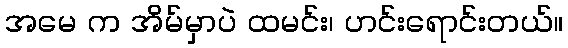
အမေ က အိမ်မှာပဲ ထမင်း၊ ဟင်းရောင်းတယ်။